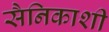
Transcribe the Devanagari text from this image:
सैनिकाशी